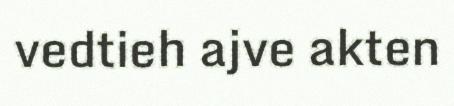
vedtieh ajve akten